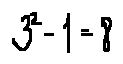
3 ^ { 2 } - 1 = 8